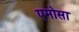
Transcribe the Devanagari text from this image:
एमोसा